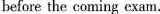
before the coming exam.